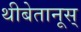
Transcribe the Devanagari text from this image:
थीबेतानूस्